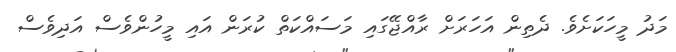
މަދު މީހަކަށެވެ. ދެތިން އަހަރަށް ރާއްޖޭގައި މަސައްކަތް ކުރަން އައި މީހުންވެސް އަދިވެސް